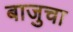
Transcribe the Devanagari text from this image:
बाजुचा